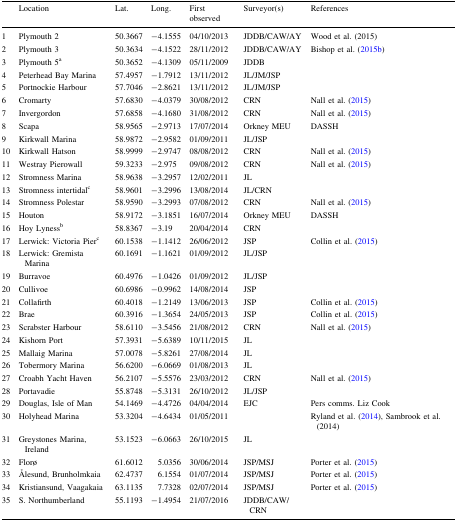
<table><thead><tr><td></td><td><b>Location</b></td><td><b>Lat.</b></td><td><b>Long.</b></td><td><b>First observed</b></td><td><b>Surveyor(s)</b></td><td><b>References</b></td></tr></thead><tbody><tr><td>1</td><td>Plymouth 2</td><td>50.3667</td><td>−4.1555</td><td>04/10/2013</td><td>JDDB/CAW/AY</td><td>Wood et al. (2015)</td></tr><tr><td>2</td><td>Plymouth 3</td><td>50.3634</td><td>−4.1522</td><td>28/11/2012</td><td>JDDB/CAW/AY</td><td>Bishop et al. (2015b)</td></tr><tr><td>3</td><td>Plymouth 5<sup>a</sup></td><td>50.3652</td><td>−4.1309</td><td>05/11/2009</td><td>JDDB</td><td></td></tr><tr><td>4</td><td>Peterhead Bay Marina</td><td>57.4957</td><td>−1.7912</td><td>13/11/2012</td><td>JL/JM/JSP</td><td></td></tr><tr><td>5</td><td>Portnockie Harbour</td><td>57.7046</td><td>−2.8621</td><td>13/11/2012</td><td>JL/JM/JSP</td><td></td></tr><tr><td>6</td><td>Cromarty</td><td>57.6830</td><td>−4.0379</td><td>30/08/2012</td><td>CRN</td><td>Nall et al. (2015)</td></tr><tr><td>7</td><td>Invergordon</td><td>57.6858</td><td>−4.1680</td><td>31/08/2012</td><td>CRN</td><td>Nall et al. (2015)</td></tr><tr><td>8</td><td>Scapa</td><td>58.9565</td><td>−2.9713</td><td>17/07/2014</td><td>Orkney MEU</td><td>DASSH</td></tr><tr><td>9</td><td>Kirkwall Marina</td><td>58.9872</td><td>−2.9582</td><td>01/09/2011</td><td>JL/JSP</td><td></td></tr><tr><td>10</td><td>Kirkwall Hatson</td><td>58.9999</td><td>−2.9747</td><td>08/08/2012</td><td>CRN</td><td>Nall et al. (2015)</td></tr><tr><td>11</td><td>Westray Pierowall</td><td>59.3233</td><td>−2.975</td><td>09/08/2012</td><td>CRN</td><td>Nall et al. (2015)</td></tr><tr><td>12</td><td>Stromness Marina</td><td>58.9638</td><td>−3.2957</td><td>12/02/2011</td><td>JL</td><td></td></tr><tr><td>13</td><td>Stromness intertidal<sup>c</sup></td><td>58.9601</td><td>−3.2996</td><td>13/08/2014</td><td>JL/CRN</td><td></td></tr><tr><td>14</td><td>Stromness Polestar</td><td>58.9590</td><td>−3.2993</td><td>07/08/2012</td><td>CRN</td><td>Nall et al. (2015)</td></tr><tr><td>15</td><td>Houton</td><td>58.9172</td><td>−3.1851</td><td>16/07/2014</td><td>Orkney MEU</td><td>DASSH</td></tr><tr><td>16</td><td>Hoy Lyness<sup>b</sup></td><td>58.8367</td><td>−3.19</td><td>20/04/2014</td><td>CRN</td><td></td></tr><tr><td>17</td><td>Lerwick: Victoria Pier<sup>c</sup></td><td>60.1538</td><td>−1.1412</td><td>26/06/2012</td><td>JSP</td><td>Collin et al. (2015)</td></tr><tr><td>18</td><td>Lerwick: Gremista Marina</td><td>60.1691</td><td>−1.1621</td><td>01/09/2012</td><td>JL/JSP</td><td></td></tr><tr><td>19</td><td>Burravoe</td><td>60.4976</td><td>−1.0426</td><td>01/09/2012</td><td>JL/JSP</td><td></td></tr><tr><td>20</td><td>Cullivoe</td><td>60.6986</td><td>−0.9962</td><td>14/08/2014</td><td>JSP</td><td></td></tr><tr><td>21</td><td>Collafirth</td><td>60.4018</td><td>−1.2149</td><td>13/06/2013</td><td>JSP</td><td>Collin et al. (2015)</td></tr><tr><td>22</td><td>Brae</td><td>60.3916</td><td>−1.3654</td><td>24/05/2013</td><td>JSP</td><td>Collin et al. (2015)</td></tr><tr><td>23</td><td>Scrabster Harbour</td><td>58.6110</td><td>−3.5456</td><td>21/08/2012</td><td>CRN</td><td>Nall et al. (2015)</td></tr><tr><td>24</td><td>Kishorn Port</td><td>57.3931</td><td>−5.6389</td><td>10/11/2015</td><td>JL</td><td></td></tr><tr><td>25</td><td>Mallaig Marina</td><td>57.0078</td><td>−5.8261</td><td>27/08/2014</td><td>JL</td><td></td></tr><tr><td>26</td><td>Tobermory Marina</td><td>56.6200</td><td>−6.0669</td><td>01/08/2013</td><td>JL</td><td></td></tr><tr><td>27</td><td>Croabh Yacht Haven</td><td>56.2107</td><td>−5.5576</td><td>23/03/2012</td><td>CRN</td><td>Nall et al. (2015)</td></tr><tr><td>28</td><td>Portavadie</td><td>55.8748</td><td>−5.3131</td><td>26/10/2012</td><td>JL/JSP</td><td></td></tr><tr><td>29</td><td>Douglas, Isle of Man</td><td>54.1469</td><td>−4.4726</td><td>04/04/2014</td><td>EJC</td><td>Pers comms. Liz Cook</td></tr><tr><td>30</td><td>Holyhead Marina</td><td>53.3204</td><td>−4.6434</td><td>01/05/2011</td><td></td><td>Ryland et al. (2014), Sambrook et al. (2014)</td></tr><tr><td>31</td><td>Greystones Marina, Ireland</td><td>53.1523</td><td>−6.0663</td><td>26/10/2015</td><td>JL</td><td></td></tr><tr><td>32</td><td>Florø</td><td>61.6012</td><td>5.0356</td><td>30/06/2014</td><td>JSP/MSJ</td><td>Porter et al. (2015)</td></tr><tr><td>33</td><td>Ålesund, Brunholmkaia</td><td>62.4737</td><td>6.1554</td><td>01/07/2014</td><td>JSP/MSJ</td><td>Porter et al. (2015)</td></tr><tr><td>34</td><td>Kristiansund, Vaagakaia</td><td>63.1135</td><td>7.7328</td><td>02/07/2014</td><td>JSP/MSJ</td><td>Porter et al. (2015)</td></tr><tr><td>35</td><td>S. Northumberland</td><td>55.1193</td><td>−1.4954</td><td>21/07/2016</td><td>JDDB/CAW/CRN</td><td></td></tr></tbody></table>